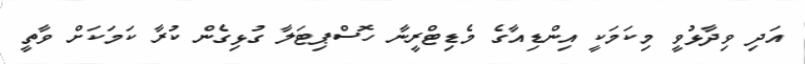
އަދި ވިދާޅުވީ މިކަމަކީ އިންޑިއާގެ މެޑިޓްރީނާ ހޮސްޕިޓަލާ ގުޅިގެން ކުރާ ކަމަކަށް ވާތީ